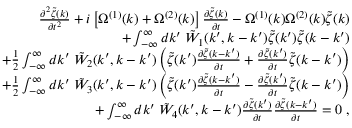
\begin{array} { r l r } & { } & { \frac { \partial ^ { 2 } \tilde { \zeta } ( k ) } { \partial t ^ { 2 } } + i \left[ \Omega ^ { ( 1 ) } ( k ) + \Omega ^ { ( 2 ) } ( k ) \right] \frac { \partial \tilde { \zeta } ( k ) } { \partial t } - \Omega ^ { ( 1 ) } ( k ) \Omega ^ { ( 2 ) } ( k ) \tilde { \zeta } ( k ) } \\ & { } & { + \int _ { - \infty } ^ { \infty } d k ^ { \prime } \; \tilde { W } _ { 1 } ( k ^ { \prime } , k - k ^ { \prime } ) \tilde { \zeta } ( k ^ { \prime } ) \tilde { \zeta } ( k - k ^ { \prime } ) } \\ & { } & { + \frac { 1 } { 2 } \int _ { - \infty } ^ { \infty } d k ^ { \prime } \; \tilde { W } _ { 2 } ( k ^ { \prime } , k - k ^ { \prime } ) \left( \tilde { \zeta } ( k ^ { \prime } ) \frac { \partial \tilde { \zeta } ( k - k ^ { \prime } ) } { \partial t } + \frac { \partial \tilde { \zeta } ( k ^ { \prime } ) } { \partial t } \tilde { \zeta } ( k - k ^ { \prime } ) \right) } \\ & { } & { + \frac { 1 } { 2 } \int _ { - \infty } ^ { \infty } d k ^ { \prime } \; \tilde { W } _ { 3 } ( k ^ { \prime } , k - k ^ { \prime } ) \left( \tilde { \zeta } ( k ^ { \prime } ) \frac { \partial \tilde { \zeta } ( k - k ^ { \prime } ) } { \partial t } - \frac { \partial \tilde { \zeta } ( k ^ { \prime } ) } { \partial t } \tilde { \zeta } ( k - k ^ { \prime } ) \right) } \\ & { } & { + \int _ { - \infty } ^ { \infty } d k ^ { \prime } \; \tilde { W } _ { 4 } ( k ^ { \prime } , k - k ^ { \prime } ) \frac { \partial \tilde { \zeta } ( k ^ { \prime } ) } { \partial t } \frac { \partial \tilde { \zeta } ( k - k ^ { \prime } ) } { \partial t } = 0 \; , } \end{array}